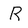
Character: R